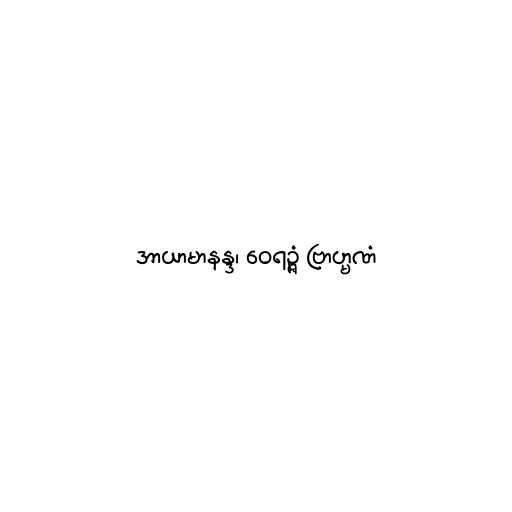
အာယာမာနန္ဒ၊ ဝေရဉ္ဇံ ဗြာဟ္မဏံ